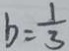
b = \frac { 1 } { 3 }